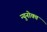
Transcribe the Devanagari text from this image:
न्युनोक्त